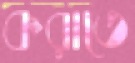
করাতে